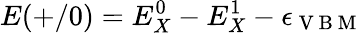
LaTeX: E(+/0)=E_{X}^{0}-E_{X}^{1}-\epsilon_{\mathrm{~V~B~M~}}